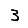
Digit: 3